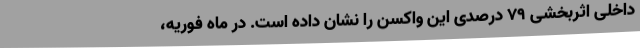
داخلی اثربخشی 79 درصدی این واکسن را نشان داده است. در ماه فوریه،